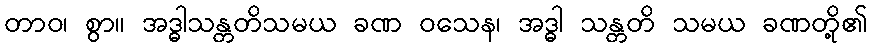
တာဝ၊ စွာ။ အဒ္ဓါသန္တတိသမယ ခဏ ဝသေန၊ အဒ္ဓါ သန္တတိ သမယ ခဏတို့၏